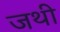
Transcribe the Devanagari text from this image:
जथी